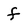
Character: f